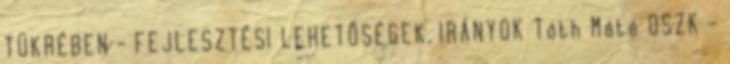
TÜKRÉBEN - FEJLESZTÉSI LEHETŐSÉGEK, IRÁNYOK Tóth Máté OSZK -